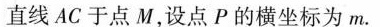
直线AC于点M，设点P的横坐标为m.